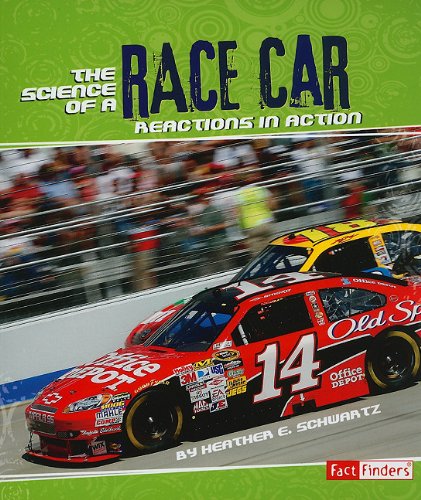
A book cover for The Science of a Race Car: Reactions in Action (Action Science); Heather E. Schwartz; Children's Books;